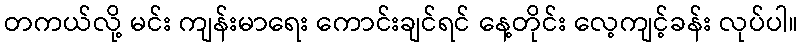
တကယ်လို့ မင်း ကျန်းမာရေး ကောင်းချင်ရင် နေ့တိုင်း လေ့ကျင့်ခန်း လုပ်ပါ။